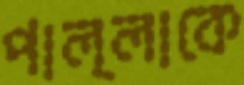
পাল্লাকে